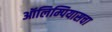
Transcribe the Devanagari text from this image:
ऑलिम्पियासचा